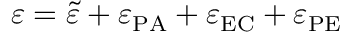
\varepsilon = \Tilde { \varepsilon } + \varepsilon _ { \mathrm { P A } } + \varepsilon _ { \mathrm { E C } } + \varepsilon _ { \mathrm { P E } }